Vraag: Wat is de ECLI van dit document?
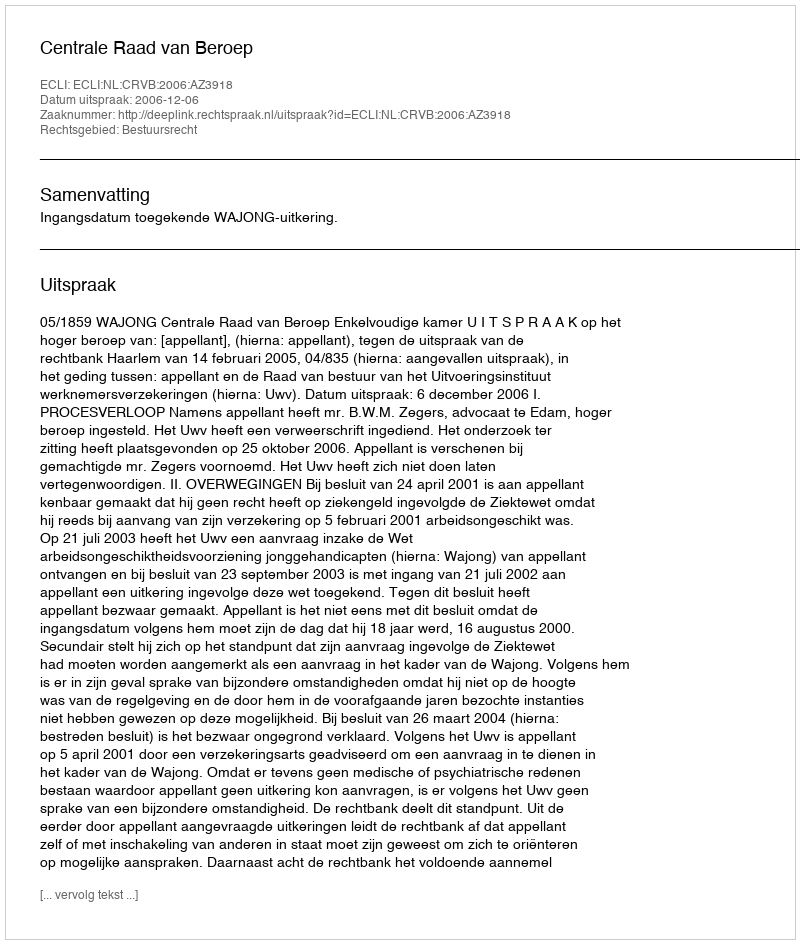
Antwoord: ECLI:NL:CRVB:2006:AZ3918